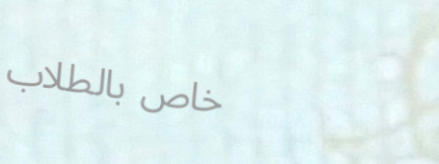
خاص بالطلاب